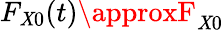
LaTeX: F_{\mathit{X}0}(t)\approxF_{\mathit{X}0}